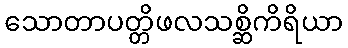
သောတာပတ္တိဖလသစ္ဆိကိရိယာ